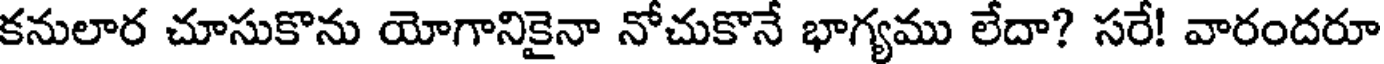
కనులార చూసుకొను యోగానికైనా నోచుకొనే భాగ్యము లేదా? సరే! వారందరూ